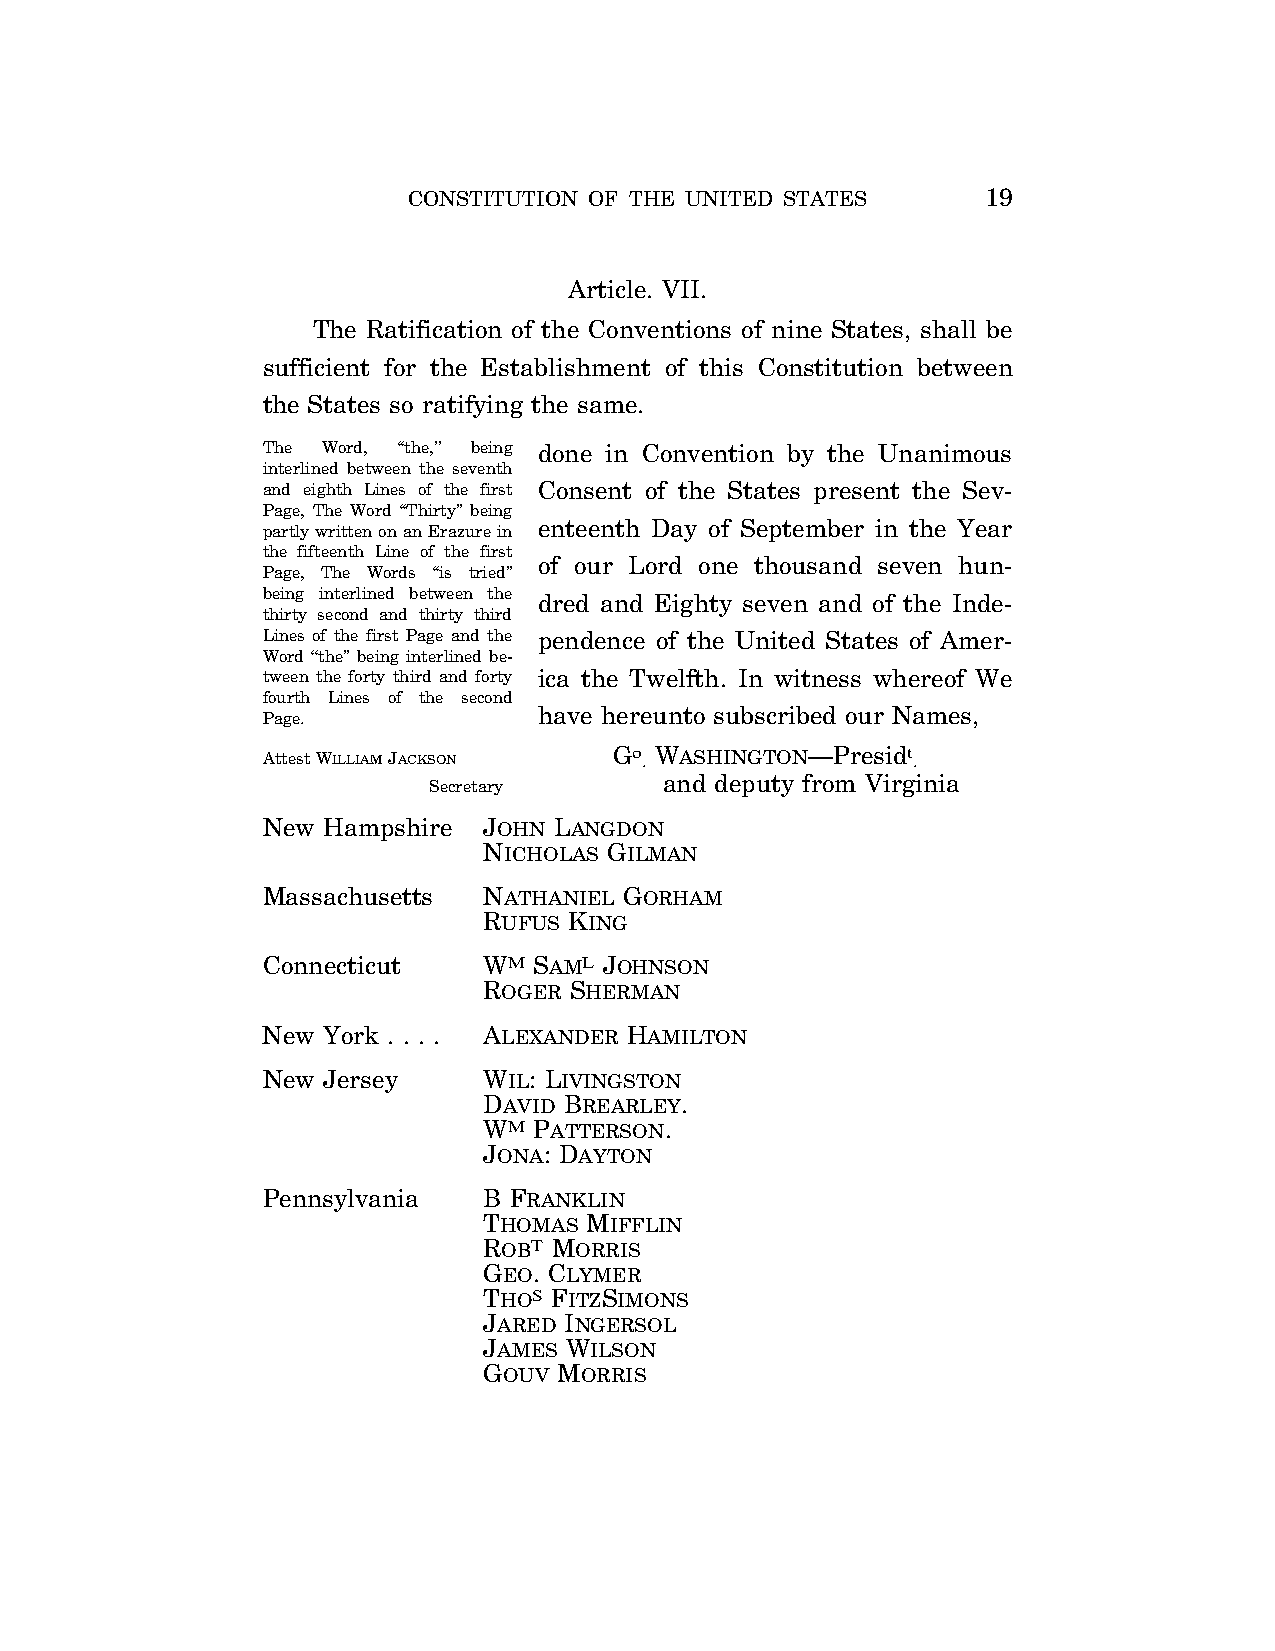
CONSTITUTION OF THE UNITED STATES     19
 Article. VII.
 The Ratification of the Conventions of nine States, shall be
 sufficient for the Establishment of this Constitution between
 the States so ratifying the same.
 The Word, ‘‘the,’’ being done in Convention by the Unanimous
 interlined between the seventh
 and eighth Lines of the first Consent of the States present the Sev-
 Page, The Word ‘‘Thirty’’ being
 enteenth Day of September in the Year
 partly written on an Erazure in
 the fifteenth Line of the first
 of our Lord one thousand seven hun-
 Page, The Words ‘‘is tried’’
 being interlined between the dred and Eighty seven and of the Inde-
 thirty second and thirty third
 Lines of the first Page and the pendence of the United States of Amer-
 Word ‘‘the’’ being interlined be-
 tween the forty third and forty ica the Twelfth. In witness whereof We
 fourth Lines of the second
 have hereunto subscribed our Names,
 Page.
 Attest WILLIAMJACKSON
 Go
 .
 WASHINGTON—Presidt
 .
 and deputy from Virginia
 Secretary
 New Hampshire  JOHN LANGDON
 NICHOLAS GILMAN
 Massachusetts  NATHANIEL GORHAM
 RUFUS KING
 Connecticut    WM SAML JOHNSON
 ROGER SHERMAN
 New York . . . . ALEXANDER HAMILTON
 New Jersey     WIL: LIVINGSTON
 DAVID BREARLEY.
 WM PATTERSON.
 JONA: DAYTON
 Pennsylvania   B FRANKLIN
 THOMAS MIFFLIN
 ROBT MORRIS
 GEO. CLYMER
 THOS FITZSIMONS
 JARED INGERSOL
 JAMES WILSON
 GOUV MORRIS
 VerDate Apr 14 2004 11:04 Apr 14, 2004 Jkt 077500 PO 00000 Frm 00019 Fmt 8221 Sfmt 8221 C:\CONAN\CON006.XXX PRFM99 PsN: CON006